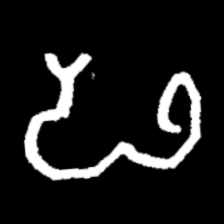
Pyu character \u2014 Myanmar letter: ဖ (romanized: pha)